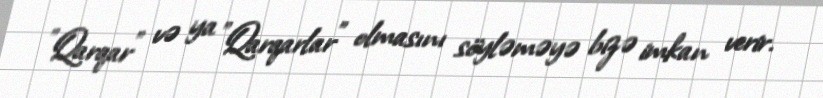
"Qarqar" və ya "Qarqarlar" olmasını söyləməyə bizə imkan verir.